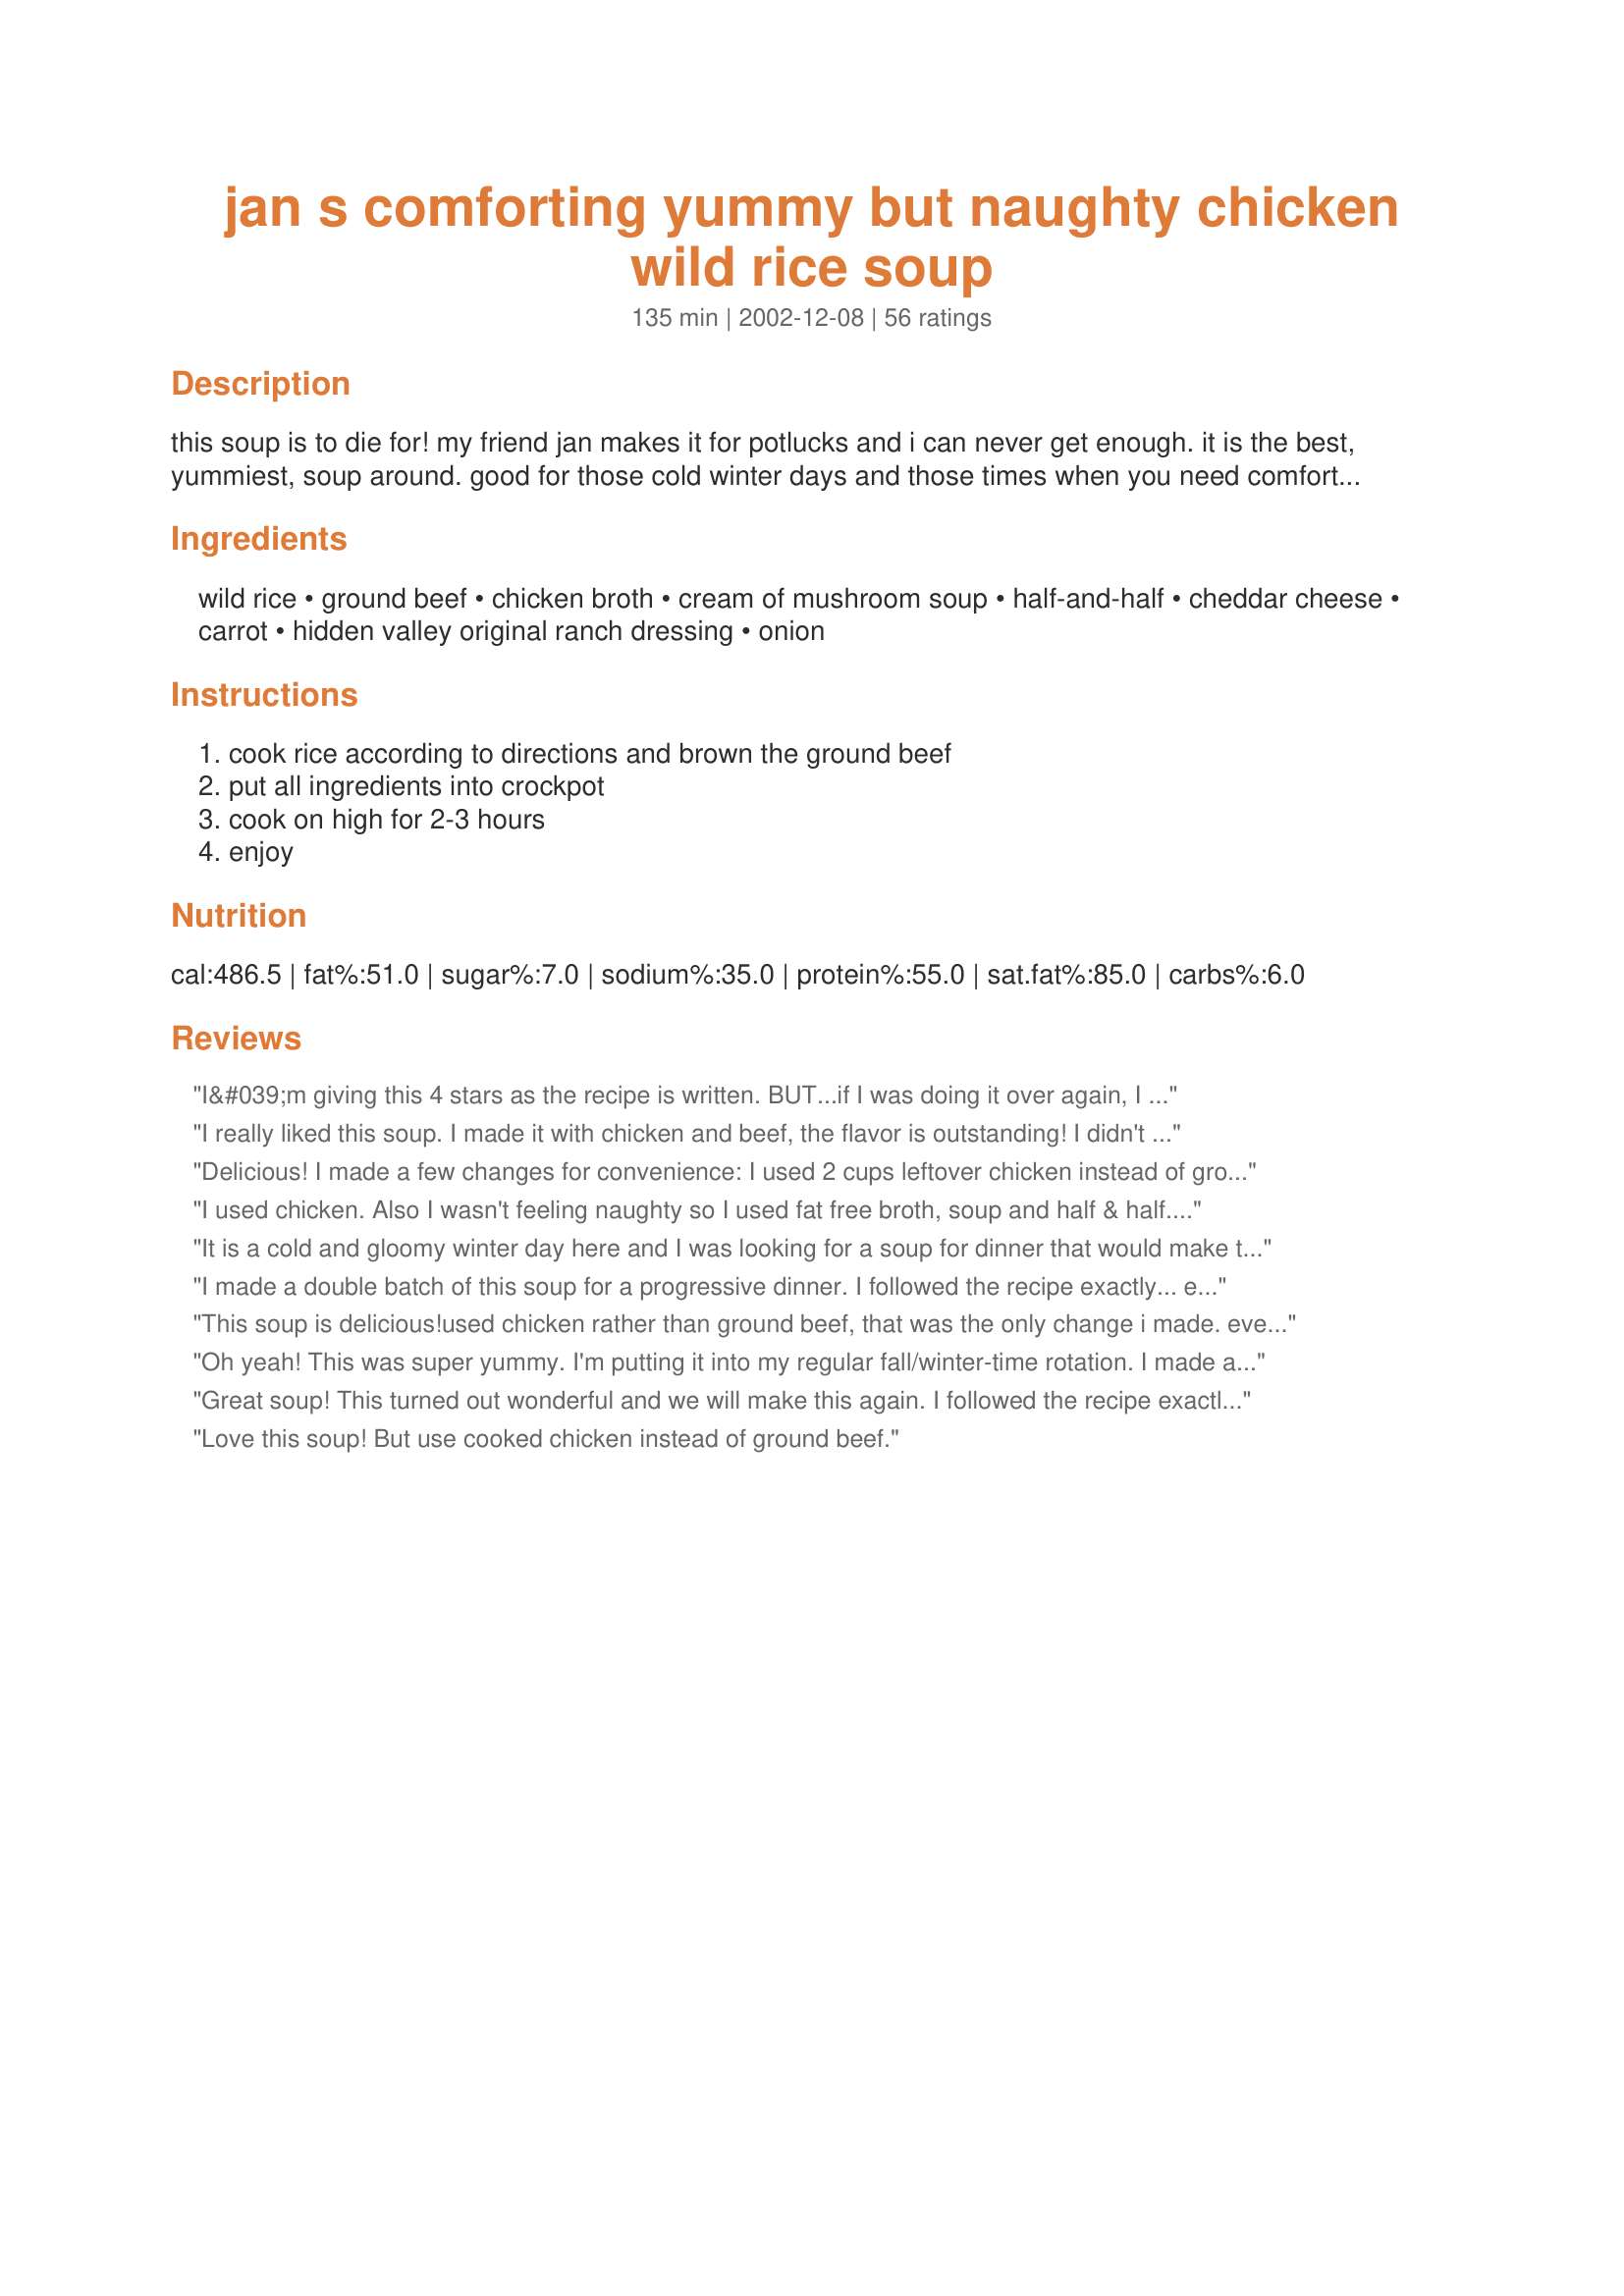
jan s comforting yummy but naughty chicken wild rice soup
Preparation time: 135 minutes

this soup is to die for! my friend jan makes it for potlucks and i can never get enough. it is the best, yummiest, soup around. good for those cold winter days and those times when you need comfort food. i don't even want to think about the calories....

Ingredients:
wild rice, ground beef, chicken broth, cream of mushroom soup, half-and-half, cheddar cheese, carrot, hidden valley original ranch dressing, onion

Steps:
cook rice according to directions and brown the ground beef, put all ingredients into crockpot, cook on high for 2-3 hours, enjoy

Reviews:
I&#039;m giving this 4 stars as the recipe is written. BUT...if I was doing it over again, I would omit the cheese. I tasted this before adding the cheese and I was like &quot;WOW&quot; this is going to be great! Then I added the prescribed amount of cheddar and it was just &quot;meh...&quot;&lt;br/&gt;I will also use leftover chicken next time instead of the beef. The beef just doesn&#039;t fit. I&#039;m SO glad this recipe was posted and I will make it again, but with my two adjustments.
I really liked this soup. I made it with chicken and beef, the flavor is outstanding! I didn't like it with the beef as much, but it's a personal taste thing, that ranch dressing really changes it!
Delicious! I made a few changes for convenience:
I used 2 cups leftover chicken instead of ground beef, used 2 cups cream instead of half-and-half, and used a box of Uncle Ben's brown and wild rice (but didn't use the Uncle Ben's seasoning). Everything else stayed the same. It was amazing, thanks Jan!
I used chicken. Also I wasn't feeling naughty so I used fat free broth, soup and half & half. It was great with freshly baked bread. Thanks Kimke!
It is a cold and gloomy winter day here and I was looking for a soup for dinner that would make this day better. I found it!! This soup is absolutely delicious. I made no changes in the recipe and so glad that I didn't. This recipe will remain in the cookbook!!
I made a double batch of this soup for a progressive dinner. I followed the recipe exactly... except that I doubled the amount of rice since I used a blend of wild and brown. I used 2% milk and it was still very creamy. I asked the people who came to help me come up with a rating and they gave it 10 stars until I told them 5 was as high as you could go. 4 people have already asked for the recipe and I directed them to this site.
This soup is delicious!used chicken rather than ground beef, that was the only change i made. even froze the leftovers and it was great as well.....Thank you for a great recipe...:)
Oh yeah! This was super yummy. I'm putting it into my regular fall/winter-time rotation. I made as directed. I used Uncle Ben's Original Wild Rice. I think it's closer to a chowder than soup, but could be thinned out if you wish...it doesn't need it. Seriously good soup! Try it. Update: It was even better the next day. 

What's with the title chicken and wild rice soup? Other than the broth, there's no chicken. :-)
Great soup! This turned out wonderful and we will make this again. I followed the recipe exactly and it was perfect.
Love this soup! But use cooked chicken instead of ground beef.
Delicious and easy to make!
Very yummy! We lowered the fat and calories by using reduced fat soup, non fat half/half and lower fat cheese. Definitely did not use the ground beef! Used cubed cooked chicken.
I made this with a can of chicken instead of the hamburger. It was delicious, and that made it even faster to prepare! Loved it!
My daughter and husband really liked it, and so did I! I used an herb flavored white and wild rice mix, and fat free half and half. Thank-you, will definately make again!
What a winner this soup is! We really liked this, it was different than other soups we eat. Thank you!
Oh! So good! I just wonder about the ground beef as opposed to ground or chopped chicken. I found it a bit odd/jarring in the soup. I'm going to try this next time with chicken instead. 

Still, it's really delicious!
Wonderful flavor & easy to prepare!! I just happened to have all the ingredients on hand. I added a 1/4 cup white wine and a 1/4 tsp. rosemary. Next time, I may add some fresh mushrooms. This one is a "keeper"!
I made this recipe for a luncheon for my godmother and it got rave reviews!!! They wanted the recipe and even went back for seconds. I did use cubed chicken instead of the ground beef and I added the optional onions and used skim milk in place of the half and half. I will definitely be making this for myself in the future. Thanks for posting!
The first time I made this was for a potluck for the teachers at my daughter's school so I didn't really get any, but I did get requests for the recipe. Last night I made a double batch for a 5 family potluck and most of it was gone at the end of the night. I used skim milk which may have affected the thickness. It was pretty ugly until you stirred it. I also would probably cut the ranch dressing some next time but over all it's a yummy and, yes, comforting soup. Next time I might try swiss cheese as that sounds like a good combination with the wild rice.
It deserves 5 stars just for the simplicity of preparation. It is a wonderful, comfort food. I just made it for dinner because it's supposed to drop down to 30 degrees tonight (it was 80 degrees yesterday). Even though it's far from being gourmet, the wild rice is a definite plus!
I made this tonight. Easy! I also did NOT use ground beef. I used a rotisserie chicken that I pulled apart, seemed more appropriate.
Like others I can't figure out why this is called Chicken Wild Rice Soup, but I followed the recipe pretty closely using ground beef and milk and the onion. However I did use a wild rice blend because I was too lazy to cook the wild rice I had on hand. The cheese didn't seem to add much in my opinion, but overall a good soup for a snow day! (reposting because for some reason my stars didn't *stick*)
WOW! This is the best soup EVER! Thanks for a GREAT recipe.I will be making this one often.This was loved by everyone!
There are many versions of wild rice soup and this version is a winner: the secret is in the ranch dressing packet. I did not use the crockpot for this and cut down on the amount of carrots and sauteed onions, celery and chopped fresh mushrooms. My family greatly enjoyed this Kimke, thanks for sharing!
This recipe was NOT good.<br/><br/>It was too salty and it wasn't even a soup (and I only used 1 pound of hamburger instead of 1-1/2 pounds.) It was a rice/hamburger mush that neither I nor my hubby liked. We ate what we could tolerate and threw the rest of it in the garbage.
I made this soup with garlic bread and it was a great combo.My kids loved this soup. It was a hit.
I thought the ranch flavor overpowered this soup. I ate 1 bowl then threw the rest out. Sorry I couldn't rate it higher.
Ohhhh, was this good! I substituted cooked chicken for the ground beef. I doubled the recipe doubling everything except the half & half and cheese. A definite keeper!
Very Good! I have made this now with both ground sausage and chicken. I will definitely it make again!
This was super delicious. I will make it again often. I did not make it in a crockpot though. I sauteed the onion and carrot in some olive oil and then added in the other ingredients. I also made it more naughty and used heavy cream instead of the milk so it was super creamy and yummy and I did not add the cheese because my son wouldnt eat it. Excellent!
This is delicious. I changed the cooking method and made this on the stove top. Browned extra lean ground beef with onion in my stock pot, then added the broth and uncooked wild rice. Needed a little extra liquid to cook my rice. After half an hour I added my carrots and threw in some fresh mushrooms and simmered another 15 minutes. Then I added a can of evaporated milk, soup, cheese, and heated through. I had to use cream of celery since I didn&#039;t realize I was out of mushroom, but I think it turned out fine. Even my husband ate a large bowl of this and he doesn&#039;t like wild rice. The flavor of the beef blends well with the earthy flavor of wild rice. Thanks for sharing.
This soup is awesome!!!!!
it is not just a winter food.
I made this for my wife and daughter and it is June her in California. Very creamy and god. the only thing I changed was I substituted 2% milk for 1/2 and 1/2. the whole family loved it!!!!!!!!!

I used 2% fat sirloin
REALLY yummy... Now I just have to figure out a way to make it a little healthier :) We didn't find any unbalance of flavors, like some others had mentioned; I thought that the ground beef worked well. We did use skim milk (instead of 1/2 and 1/2, and the soup still came out perfectly creamy) and recipe #100314 (Big Batch Ranch Dressing Mix). Thanks Kimke!
I made this recently and followed the recipe exactly. The flavor of this soup was very good, but the texture of the groud beef in it was a bit strange. I think I will make it again, but use leftover chicken instead. The ranch dressing mix gave this soup a wonderful, different flavor. Yum! :o)
This was delicious even in the summer in CA! Tweaked it a bit:
used Costco's roasted chicken,
1 c. fat free 1/2 & 1/2 & 1 c.
1% milk instead of the 2 c. 1/2 & 1/2; added sauteed onions/celery & mushrooms; addedcapers which added a special touch; and the seasoning packet from the wild rice box rather than the ranch dressing packet. Marvelous...thanks for sharing!
DH and I REALLY enjoyed this simple meal! I had a lack of correct ingredients, so I sorta winged it... but it turned out delicious! I used Zatarans Wild Rice, Heavy Whipping Cream (can you believe I was out of milk, but somehow managed to have heavy whipping cream?) and Mozzarella Cheese. Since the Zatarans was pre-seasoned I left out the carrot and onion.
 Wow! I even substituted fat free cheese and skim milk to lower calories. Great.
Very Good.
This was really good and pretty easy to throw together. I was a little confused on whether to use ground beef or chicken as people have said that they have used both. My husband said, "The recipe says beef, use beef." So I did. I only had 1 c. of cheese and ran out of carrots and onions, so I didn't use those, but it still tasted great. This recipe will be added to our dinner rotation.
We enjoyed this soup. It was very different from my regular chicken wild rice soup, but a nice change. I will definitely keep this recipe on hand. Thanks!
I used a wild rice blend. This was really good but cooking my wild rice blend before adding to the recipe turned it into mush. Next time, I will probably just add it to the soup without cooking first. Otherwise this is so yummy even with the hamburger. I might try it with chicken sometime. Thanks for posting a keeper!
this was ok. i was alittle short on rice tho. not sure i'll make it again.
Tasty! Thick, creamy comfort food. I didn't use the ground beef - went with roughly-cubed chicken breast and it had more of a stew feel. I also didn't have the carrot, don't think I missed it. It's very, very salty. I think next time low-salt soups are in order. I would also recommend sauteing the onion - I think raw the flavor is just too strong. Otherwise, it's a nice dish for a cold winter day.
really good! I did not use ground beef, but I think that is a typo anyway since the title is Chicken wild rice soup.I used a box of uncle ben's wild rice mix. I also added a quart of chicken stock. It was soooo good!
Really, really good. My husband and I loved it. I also added 1/2 cup of chopped celery. This was so easy to prepare.
My family loves this! They fight over the last bowl every time.
Wonderful soup! I did make some changes based upon what I had in my pantry. First, the idea of ground bef in a soup didn't appeal to me. So I took some grilled chicken strips and threw them in. I also didn't have a can of cream of mushroom, so I used cream of chicken and threw in a few mushrooms. I had one cup half and half, one cup fat free milk. I also didn't have wild rice, so I used instant. All and all it turned out wonderful. My dh who is not a soup person, enjoyed it as well. Thanks so much for this tasty recipe.
Yahoo! This one is realy good! I substituted deli roasted chicken pulled off the bone for the hamburger, but other than that, everything else I did the same. Very easy to make! Thanx for sharing Kimke!
Delish! I actually made this with shredded cooked chicken not ground beef but otherwise it was exactly the same -- it was fantastic!
With a few changes: Chicken, milk, double the rice and omit the onions and carrot. I enjoy carrots and onion but feel the soup is better without.
this was delicious and smelled soo good cooking. I made this with the half and half and it was yummy. The only thing I added was a can of black beans and it turned out very good.
Very good. My dh loved it. I added green peppers and mushrooms sine they were already cut up. I didn't have wild rice so I used organic brown rice and since the recipe name had the word chicken in it, I used that instead of hamburger. This is just one recipe you can't mess up. We will defiantly make this again!
Very good soup. I used chicken but I think ground beef would be just as good!
Thick, rich, delicious and easy. How much better can it be? I made this for a casual winter party, along with Mean Chef's Maple-Brined turkey sandwiches. Even though I doubled the recipe, the post was scraped right to the bottom. Most folks had two bowls! I made the recipe exactly as posted and will be making it that way again, for sure!
Thanks, Kimke!!
This is a very good recipe! I use ground turkey and put the rice in uncooked with 1 cup of extra water. All of my family loves this recipe and I have two toddlers. Thanks for an easy family pleaser!
Great recipe. My whole family loved it. I just made it on the stove top instead of the crockpot and it still turned out great.
